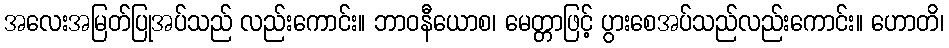
အလေးအမြတ်ပြုအပ်သည် လည်းကောင်း။ ဘာဝနီယောစ၊ မေတ္တာဖြင့် ပွားစေအပ်သည်လည်းကောင်း။ ဟောတိ၊